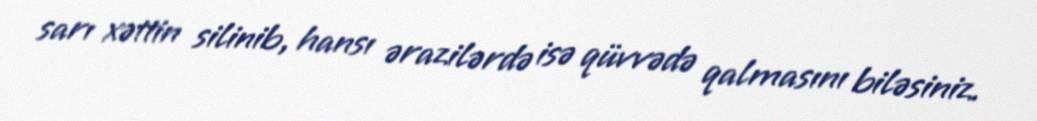
sarı xəttin silinib, hansı ərazilərdə isə qüvvədə qalmasını biləsiniz.